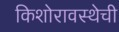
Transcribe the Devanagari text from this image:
किशोरावस्थेची